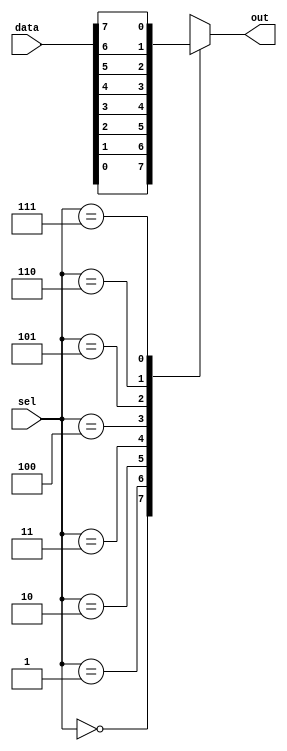
module mux_8to1 (
    input [7:0] data,
    input [2:0] sel,
    output reg out
);

always @* begin
    case(sel)
        3'b000: out = data[0];
        3'b001: out = data[1];
        3'b010: out = data[2];
        3'b011: out = data[3];
        3'b100: out = data[4];
        3'b101: out = data[5];
        3'b110: out = data[6];
        3'b111: out = data[7];
        default: out = 0;
    endcase
end

endmodule